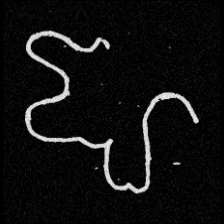
Pyu character \u2014 Myanmar letter: ဈ (romanized: jha)